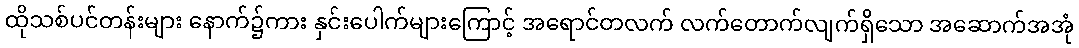
ထိုသစ်ပင်တန်းများ နောက်၌ကား နှင်းပေါက်များကြောင့် အရောင်တလက် လက်တောက်လျက်ရှိသော အဆောက်အအုံ